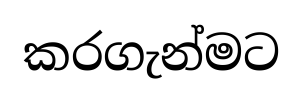
කරගැන්මට